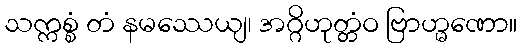
သက္ကစ္စံ တံ နမဿေယျ၊ အဂ္ဂိဟုတ္တံဝ ဗြာဟ္မဏော။